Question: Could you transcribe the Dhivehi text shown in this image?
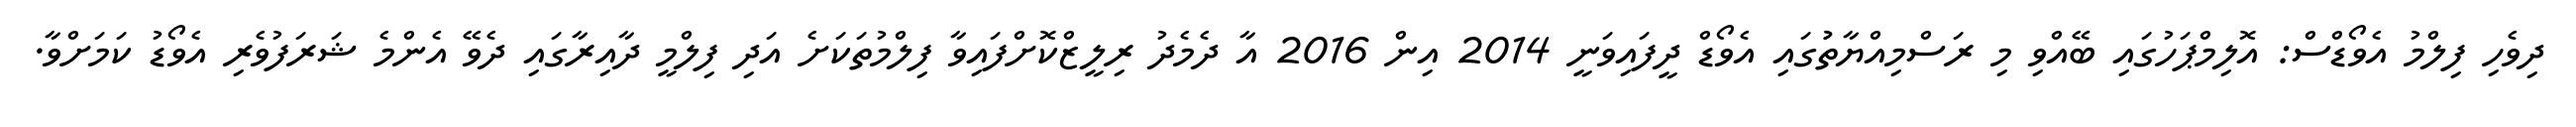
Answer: ދިވެހި ފިލްމު އެވޯޑްސް: އޮލިމްޕަހުގައި ބޭއްވި މި ރަސްމިއްޔާތުުގައި އެވޯޑް ދީފައިވަނީ 2014 އިން 2016 އާ ދެމެދު ރިލީޒްކޮށްފައިވާ ފިލްމުތަކަށެ އަދި ފިލްމީ ދާއިރާގައި ދެވޭ އެންމެ ޝަރަފުވެރި އެވޯޑު ކަމަށްވާ.